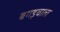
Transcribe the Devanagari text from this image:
बगड़वाल